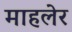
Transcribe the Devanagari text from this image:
माहलेर